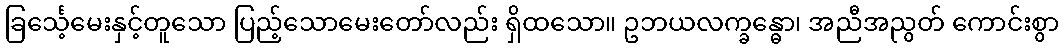
ခြင်္သေ့မေးနှင့်တူသော ပြည့်သောမေးတော်လည်း ရှိထသော။ ဥဘယလက္ခန္ဓော၊ အညီအညွတ် ကောင်းစွာ